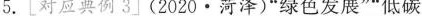
5. [对应典例3」(2020·菏泽)”绿色发展””低碳